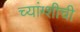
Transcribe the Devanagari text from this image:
च्यांग्शीची